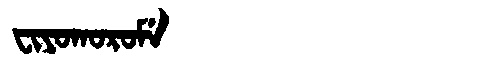
Manchu: ᠸᡳᠶᠣᡴᠣᡵᠣᠮᡝ
Romanization: FIYOKOROME